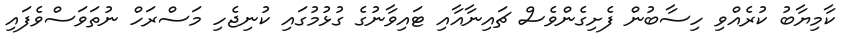
ކާމިޔާބު ކުރެއްވި ހިސާބުން ފެށިގެންވެސް ޗައިނާއާއި ޓައިވާނުގެ ގުޅުމުގައި ކުނިޖެހި މަސްރަހް ނުތަވަސްވެފައި